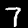
Label: 7